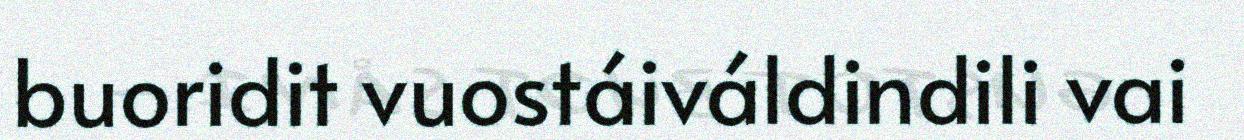
buoridit vuostáiváldindili vai